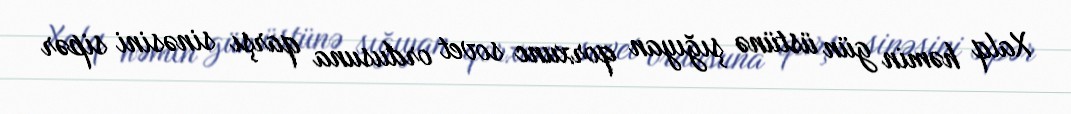
Xalq həmin gün üstünə şığıyan qorxunc sovet ordusuna qarşı sinəsini sipər